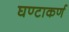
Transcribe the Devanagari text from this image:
घण्टाकर्ण